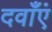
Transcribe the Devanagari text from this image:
दवाँएं